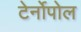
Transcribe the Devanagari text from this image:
टेर्नोपोल